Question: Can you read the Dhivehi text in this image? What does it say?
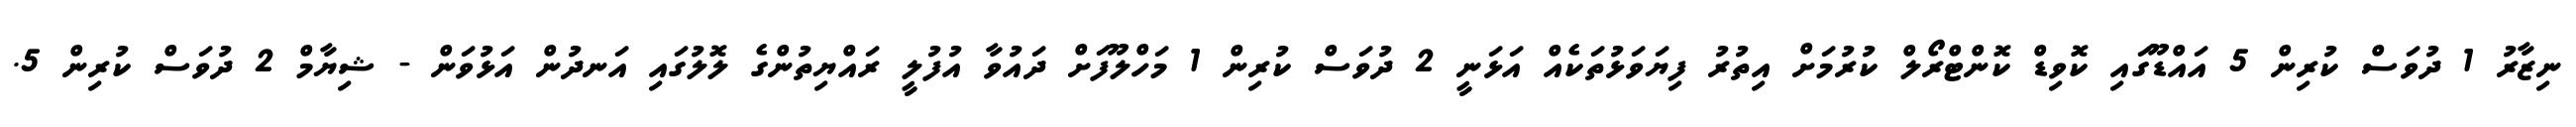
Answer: ނިޒާރު 1 ދުވަސް ކުރިން 5 އައްޑޫގައި ކޮވިޑް ކޮންޓްރޯލް ކުރުމަށް އިތުރު ފިޔަވަޅުތަކެއް އަޅަނީ 2 ދުވަސް ކުރިން 1 މަހްލޫފަށް ދައުވާ އުފުލީ ރައްޔިތުންގެ ލޮލުގައި އަނދުން އަޅުވަން - ޝިޔާމް 2 ދުވަސް ކުރިން 5.